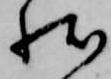
状